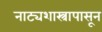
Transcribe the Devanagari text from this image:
नाट्यशास्त्रापासून